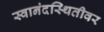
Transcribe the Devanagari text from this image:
स्वानंदस्थितीवर